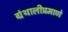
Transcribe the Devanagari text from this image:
ग्रंथालीप्रमाणे